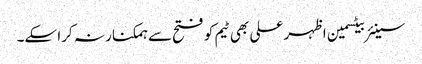
سینئر بیٹسمین اظہر علی بھی ٹیم کو فتح سے ہمکنار نہ کرا سکے۔